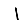
Digit: 1